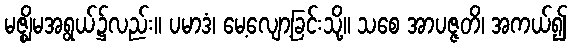
မဇ္ဈိမအရွယ်၌လည်း။ ပမာဒံ၊ မေ့လျော့ခြင်းသို့။ သစေ အာပဇ္ဇတိ၊ အကယ်၍